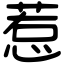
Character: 惹